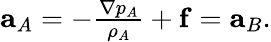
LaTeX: \begin{array}{r}{\mathbf{a}_{A}=-\frac{\nabla p_{A}}{\rho_{A}}+\mathbf{f}=\mathbf{a}_{B}.}\end{array}